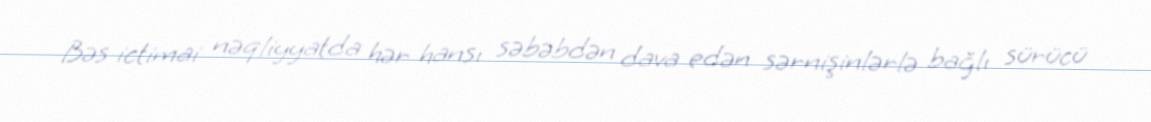
Bəs ictimai nəqliyyatda hər hansı səbəbdən dava edən sərnişinlərlə bağlı sürücü